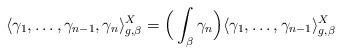
LaTeX: \begin{align*}\langle \gamma_1, \ldots, \gamma_{n-1},\gamma_n\rangle_{g, \beta}^X = \Big(\int_\beta \gamma_n \Big) \langle \gamma_1, \ldots, \gamma_{n-1}\rangle_{g, \beta}^X\end{align*}